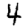
Digit: 4